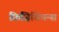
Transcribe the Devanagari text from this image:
फ़िज़िशियन्स